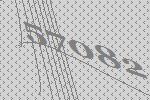
57082